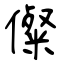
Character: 儏